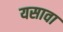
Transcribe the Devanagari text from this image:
यसावा